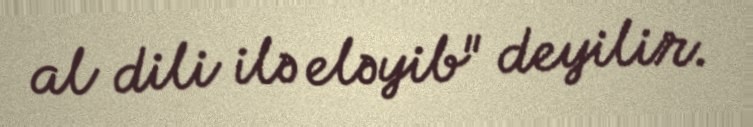
al dili ilə eləyib" deyilir.